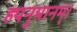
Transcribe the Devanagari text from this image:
ह्यनुमानम्।